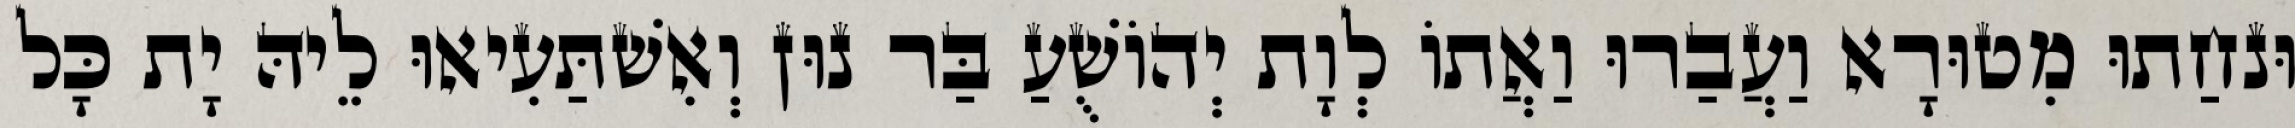
וּנחַתוּ מִטוּרָא וַעֲבַרוּ וַאֲתוֹ לְוָת יְהוֹשֻׁעַ בַּר נוּן וְאִשׁתַּעִיאוּ לֵיהּ יָת כָּל